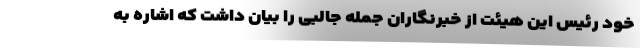
خود رئیس این هیئت از خبرنگاران جمله جالبی را بیان داشت که اشاره به